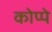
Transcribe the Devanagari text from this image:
कोप्पे